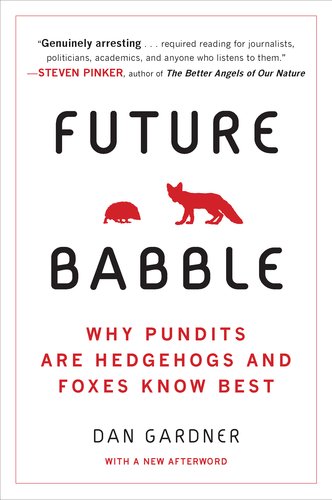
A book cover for Future Babble: Why Pundits Are Hedgehogs and Foxes Know Best; Daniel Gardner; Medical Books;